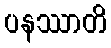
ပနဿာတိ